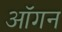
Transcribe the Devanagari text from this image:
ऑगन